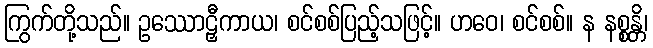
ကြွက်တို့သည်။ ဥဿောဠှီကာယ၊ စင်စစ်ပြည့်သဖြင့်။ ဟဝေ၊ စင်စစ်။ န နစ္စန္တိ၊